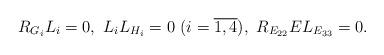
LaTeX: \begin{align*}\begin{aligned}&R_{G_{i}}L_{i}=0,\ L_{i}L_{H_{i}}=0\ (i=\overline{1,4}),\ R_{E_{22}}EL_{E_{33}}=0.\end{aligned}\end{align*}